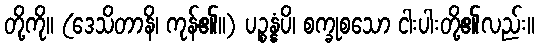
တို့ကို။ (ဒေသိတာနိ၊ ကုန်၏။) ပဉ္စန္နံပိ၊ စက္ခုစသော ငါးပါးတို့၏လည်း။